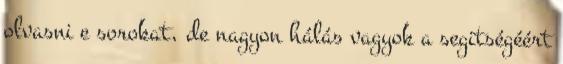
olvasni e sorokat, de nagyon hálás vagyok a segitségéért